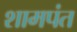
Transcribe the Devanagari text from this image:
शामपंत